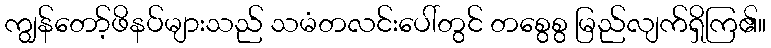
ကျွန်တော့်ဖိနပ်များသည် သမံတလင်းပေါ်တွင် တစွေစွ မြည်လျက်ရှိကြ၏။